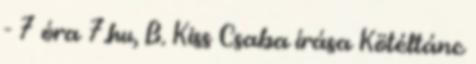
- 7 óra 7.hu, B. Kiss Csaba írása Kötéltánc